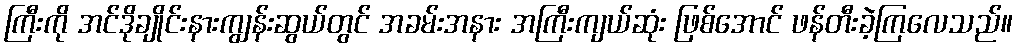
ကြီးကို အင်ဒိုချိုင်းနားကျွန်းဆွယ်တွင် အခမ်းအနား အကြီးကျယ်ဆုံး ဖြစ်အောင် ဖန်တီးခဲ့ကြလေသည်။